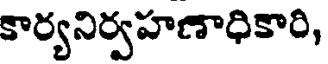
కార్యనిర్వహణాధికారి,